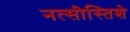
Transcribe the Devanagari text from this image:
नत्सीस्तिशे